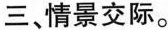
三、情景交际。